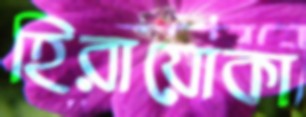
হিরায়োকা